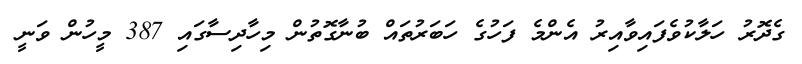
ގެދޮރު ހަލާކުވެފައިވާއިރު އެންމެ ފަހުގެ ހަބަރުތައް ބުނާގޮތުން މިހާދިސާގައި 387 މީހުން ވަނީ